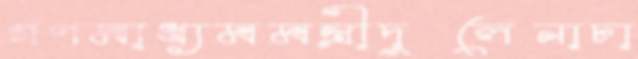
গণমাধ্যমমন্ত্রীদুলেনাঢা